Statistical return of the lunatic asylum in Assam - 1912-1932
Year: 1912
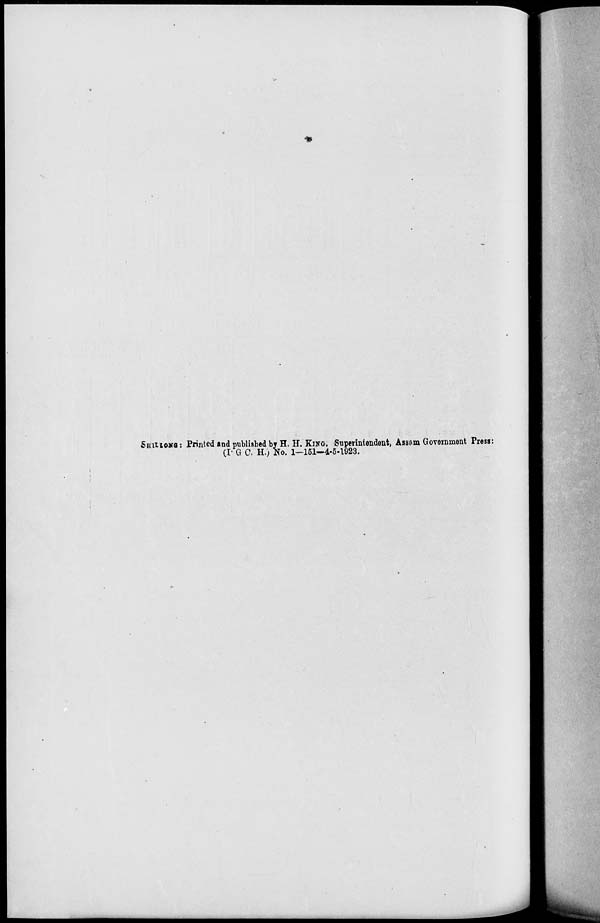
5HUiOKa: Printed and published by H. H. KING, Superintendent, Assam Government Press:
(I- G C. H.) No. 1-151—4-5-1923.